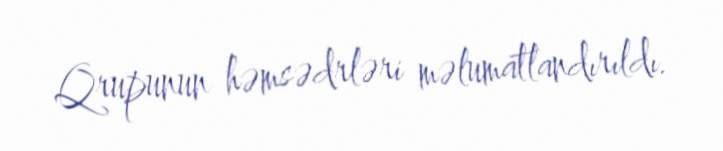
Qrupunun həmsədrləri məlumatlandırıldı.